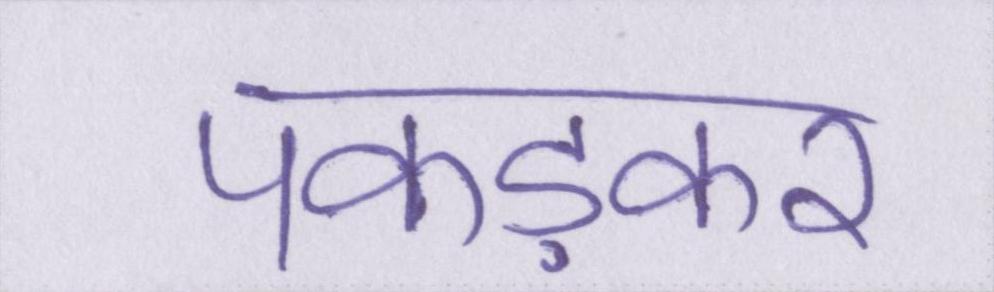
पकड़कर